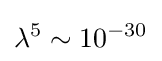
\lambda ^{5}\sim 10^{-30}